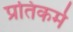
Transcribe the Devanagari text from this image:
प्रतिकर्म